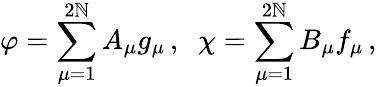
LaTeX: \varphi=\sum_{\mu=1}^{2\mathbb{N}}A_{\mu}g_{\mu}\, ,\; \; \chi=\sum_{\mu=1}^{2\mathbb{N}}B_{\mu}f_{\mu}\, ,